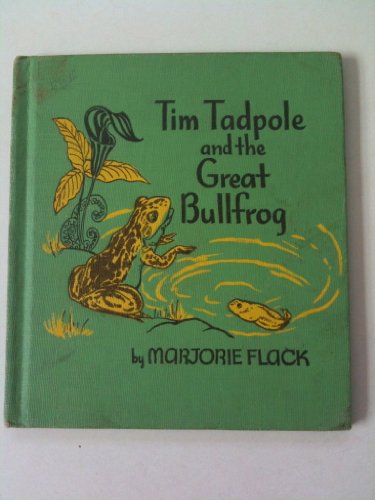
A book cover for Tim Tadpole & the Great Bullfrog; Marjorie Flack; Sports & Outdoors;